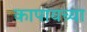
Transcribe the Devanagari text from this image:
कापायच्या